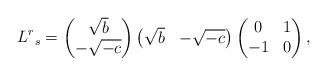
LaTeX: \begin{align*}L^r{}_s=\begin{pmatrix}\sqrt b\\-\sqrt{-c}\end{pmatrix}\begin{pmatrix}\sqrt b&-\sqrt{-c}\end{pmatrix}\begin{pmatrix}0&1\\-1&0\end{pmatrix},\end{align*}